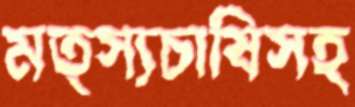
মত্স্যচাষিসহ